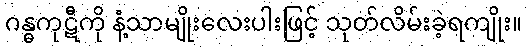
ဂန္ဓကုဋီကို နံ့သာမျိုးလေးပါးဖြင့် သုတ်လိမ်းခဲ့ရကျိုး။